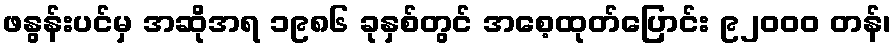
ဖနွန်းပင်မှ အဆိုအရ ၁၉၈၆ ခုနှစ်တွင် အစေ့ထုတ်ပြောင်း ၉၂၀၀၀ တန်၊